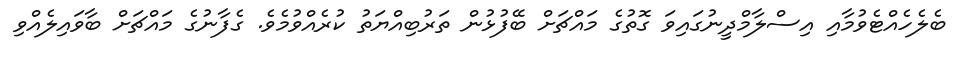
ބެލެހެއްޓެވުމާއި އިސްލާމްދީނުގައިވަ ގޮތުގެ މައްޗަށް ބޭފުޅުން ތަރުބިއްޔަތު ކުރެއްވުމެވެ. ގެފާނުގެ މައްޗަށް ބާވައިލެއްވި